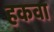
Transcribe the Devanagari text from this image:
हकवा